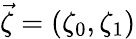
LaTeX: \vec{\zeta}=(\zeta_{0},\zeta_{1})